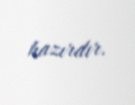
hazırdır.